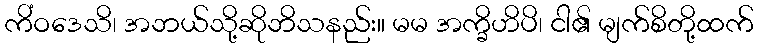
ကိံဝဒေသိ၊ အဘယ်သို့ဆိုဘိသနည်း။ မမ အက္ခိဟိပိ၊ ငါ၏ မျက်စိတို့ထက်